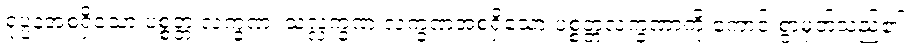
ရုပ္ပနအစရှိသော ပစ္စတ္တ လက္ခဏ၊ သလ္လက္ခဏ လက္ခဏအစရှိသော ပစ္စတ္တလက္ခဏာကို ကောင်းစွာမှတ်သည်၏